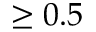
\geq 0 . 5